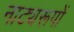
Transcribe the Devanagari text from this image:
नाट्यरूपों